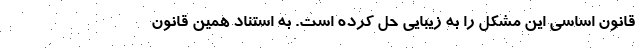
قانون اساسی این مشکل را به زیبایی حل کرده است. به استناد همین قانون